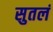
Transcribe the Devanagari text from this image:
सुतलं